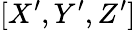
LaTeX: [X^{\prime},Y^{\prime},Z^{\prime}]